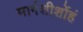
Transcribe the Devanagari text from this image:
मार्गशीर्शोहं